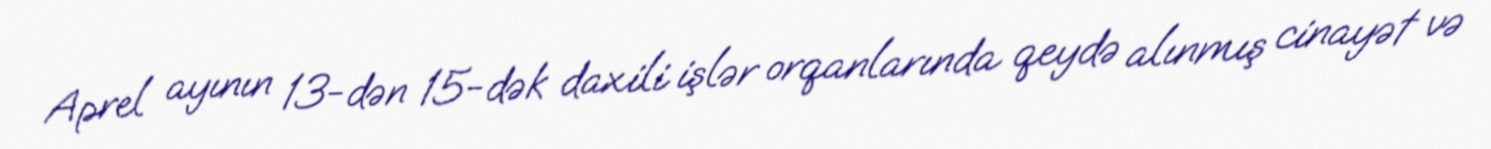
Aprel ayının 13-dən 15-dək daxili işlər orqanlarında qeydə alınmış cinayət və